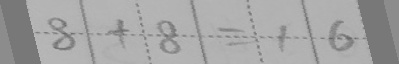
8 + 8 = 1 6